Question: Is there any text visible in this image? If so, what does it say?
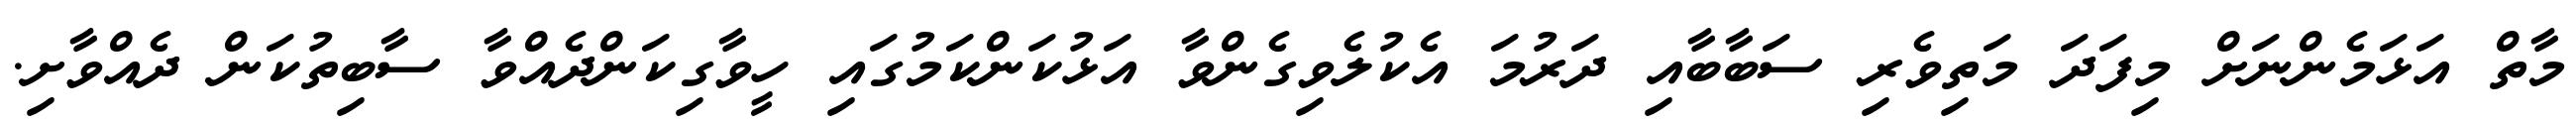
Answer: މާތް އަޅަމެންނަށް މިފަދަ މަތިވެރި ސަބާބާއި ދަރުމަ އެކުލެވިގެންވާ އަޅުކަންކަމުގައި ހީވާގިކަންދެއްވާ ސާބިތުކަން ދެއްވާށި.